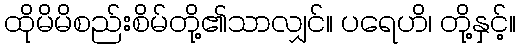
ထိုမိမိစည်းစိမ်တို့၏သာလျှင်။ ပရေဟိ၊ တို့နှင့်။